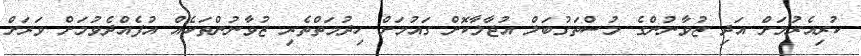
ކުރިއެރުމަށް އަދި ޒުވާނުންގެ މުސްތަގުބަލް އުޖާލާކޮށް ގައުމަށް ހިދުމަތްތެރި ޒުވާނުންތަކެއް އުފެއްދެވުމަށް ވަރަށް